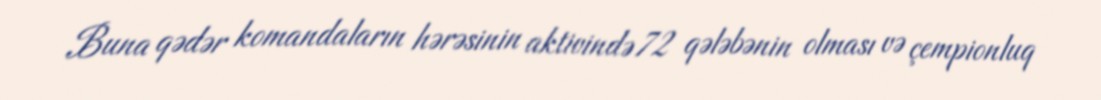
Buna qədər komandaların hərəsinin aktivində 72 qələbənin olması və çempionluq